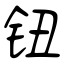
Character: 钮